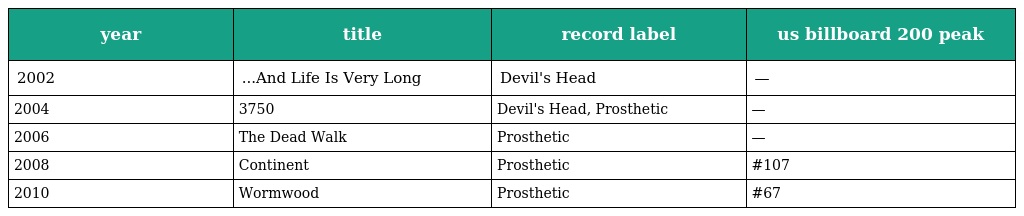
| year | title | record label | us billboard 200 peak |
 | --- | --- | --- | --- |
 | 2002 | ...And Life Is Very Long | Devil's Head | — |
 | 2004 | 3750 | Devil's Head, Prosthetic | — |
 | 2006 | The Dead Walk | Prosthetic | — |
 | 2008 | Continent | Prosthetic | #107 |
 | 2010 | Wormwood | Prosthetic | #67 |